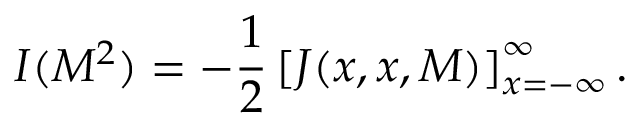
{ \cal I } ( M ^ { 2 } ) = - \frac { 1 } { 2 } \left[ J ( x , x , M ) \right] _ { x = - \infty } ^ { \infty } .